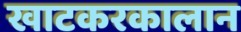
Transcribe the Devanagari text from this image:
खाटकरकालान